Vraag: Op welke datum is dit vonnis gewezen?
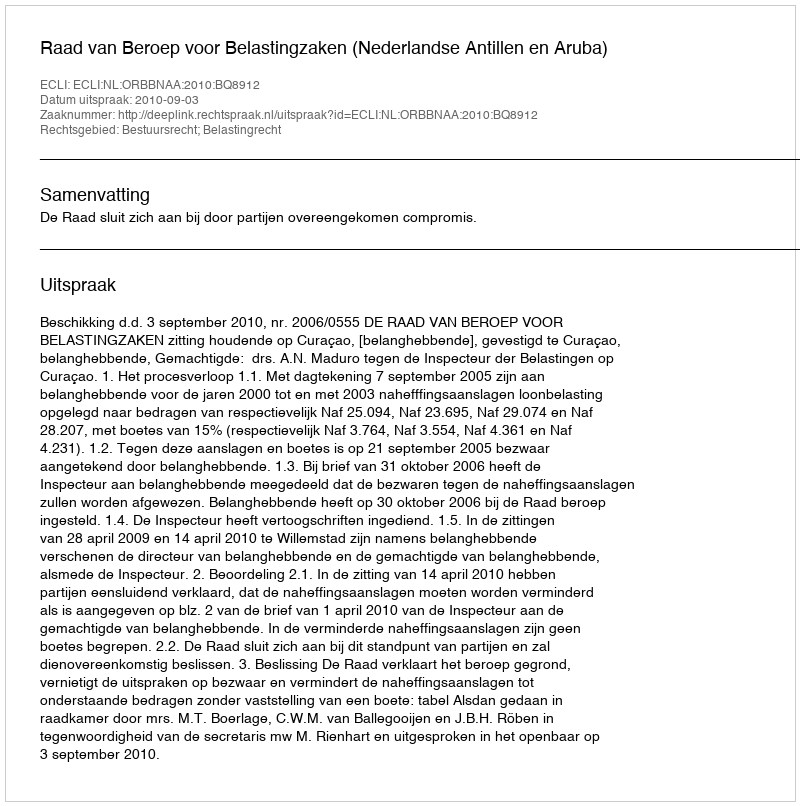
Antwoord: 2010-09-03